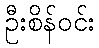
ဦးစိန်ဝင်း